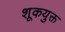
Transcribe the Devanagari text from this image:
शूकयुक्त